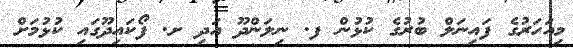
މިއަހަރުގެ ފައިނަލް ބުރުގެ ކުޅުން ފ. ނިލަންދޫ އަދި ށ. ފޯކައިދޫގައި ކުޅުމަށް